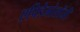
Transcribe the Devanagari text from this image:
एपिडेमोलॉजी